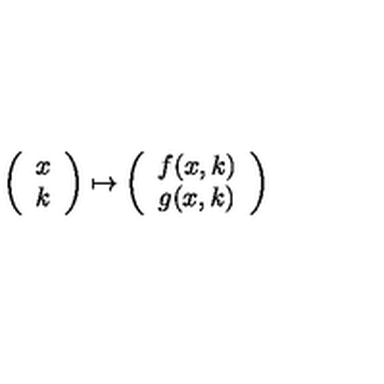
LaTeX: \left( \begin{array} { c } { x } \\ { k } \\ \end{array} \right) \mapsto \left( \begin{array} { c } { f ( x , k ) } \\ { g ( x , k ) } \\ \end{array} \right)